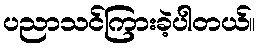
ပညာသင်ကြားခဲ့ပါတယ်။